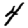
Digit: 4